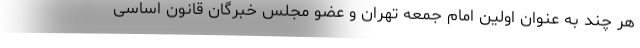
هر چند به عنوان اولین امام جمعه تهران و عضو مجلس خبرگان قانون اساسی